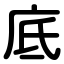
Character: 底